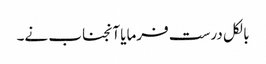
بالکل درست فرمایا آنجناب نے۔